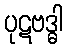
ပုဋဗဒ္ဓါ